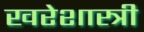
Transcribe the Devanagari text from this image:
खरेशास्त्री